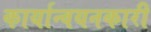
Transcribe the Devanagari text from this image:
कार्यान्‍वयनकारी